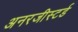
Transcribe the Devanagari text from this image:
अनरजीस्टर्ड